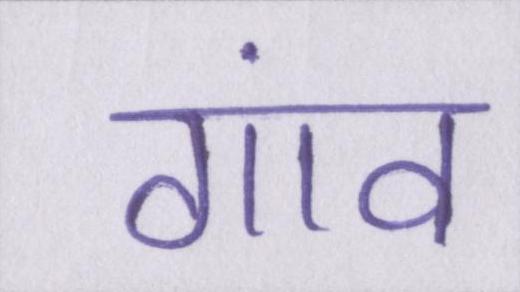
गांव